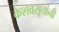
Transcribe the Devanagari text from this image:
केशवसूतांनी